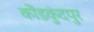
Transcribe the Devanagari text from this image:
कोंडकुंदपुर